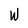
Character: W